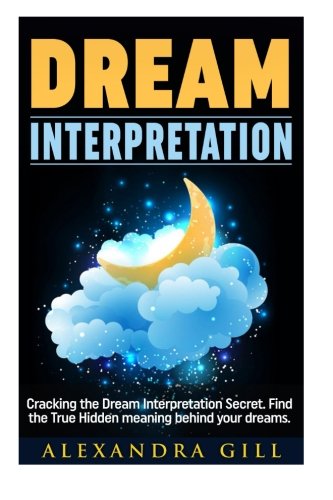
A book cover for Dream Interpretation: Cracking the Dream Interpretation Secret. Find the True Hidden meaning behind your dreams. (Dream Interpretation, Dream Meaning, Visions, Dreams and Visions); Alexandra Gill; Self-Help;